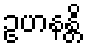
ဥဟနန္တိ